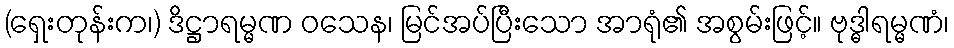
(ရှေးတုန်းက၊) ဒိဋ္ဌာရမ္မဏ ဝသေန၊ မြင်အပ်ပြီးသော အာရုံ၏ အစွမ်းဖြင့်။ ဗုဒ္ဓါရမ္မဏံ၊